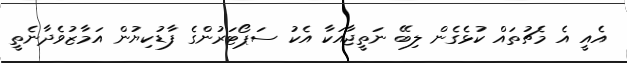
އެއީ އެ މެޗުތައް ކުޅެގެން ލިބޭ ނަތީޖާއަކާ އެކު ސަޕޯޓަރުންގެ ފާޑުކިޔުން އަމާޒުވެދާނެތީ